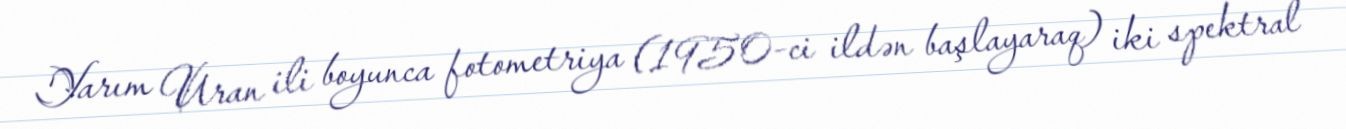
Yarım Uran ili boyunca fotometriya (1950-ci ildən başlayaraq) iki spektral